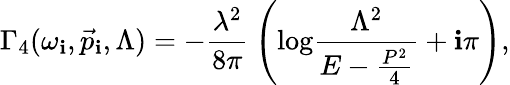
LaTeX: \Gamma_{4}(\omega_{\mathbf{i}},\vec{{p}}_{\mathbf{i}},\Lambda)=-\frac{{\lambda^{2}}}{{8\pi}}\: \left(\mathrm{{log}}\frac{{\Lambda^{2}}}{{E-\frac{{P^{2}}}{{4}}}}+\mathbf{i}\pi\right),